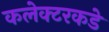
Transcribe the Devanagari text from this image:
कलेक्टरकडे